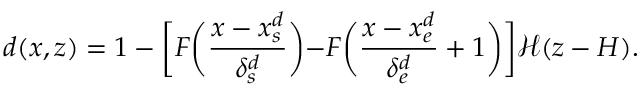
d ( x , z ) = 1 - \biggl [ F \biggl ( \frac { x - x _ { s } ^ { d } } { \delta _ { s } ^ { d } } \biggl ) - F \biggl ( \frac { x - x _ { e } ^ { d } } { \delta _ { e } ^ { d } } + 1 \biggl ) \biggl ] \mathcal { H } ( z - H ) .